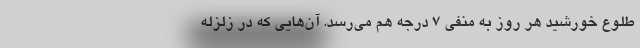
طلوع خورشيد هر روز به منفي 7 درجه هم مي‌رسد. آن‌هايي كه در زلزله